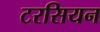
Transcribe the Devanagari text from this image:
टरसियन